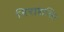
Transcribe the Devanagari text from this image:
निराशक्ति